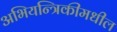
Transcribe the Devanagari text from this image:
अभियन्त्रिकीमधील